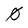
Character: 0